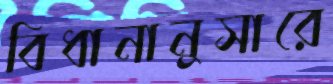
বিধানানুসারে